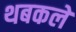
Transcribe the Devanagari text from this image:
थबकले